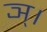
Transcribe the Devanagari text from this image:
ञ्।